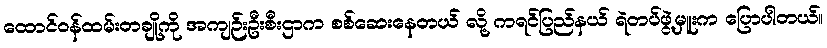
ထောင်ဝန်ထမ်းတချို့ကို အကျဉ်းဦးစီးဌာက စစ်ဆေးနေတယ် လို့ ကရင်ပြည်နယ် ရဲတပ်ဖွဲ့မှူးက ပြောပါတယ်။